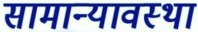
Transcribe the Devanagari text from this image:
सामान्यावस्था